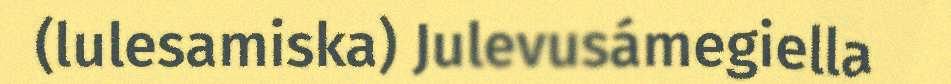
(lulesamiska) Julevusámegiella